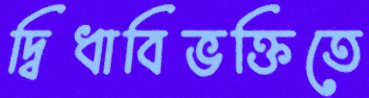
দ্বিধাবিভক্তিতে